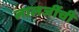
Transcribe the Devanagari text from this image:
लालजींची